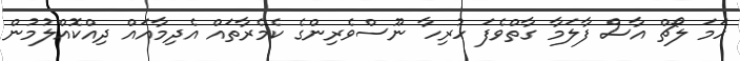
ހަމަ ލޯޗް އާސް ފާލަމާ ގާތްވެފަ ހުރިހާ ނޫސްވެރިންގެ ކެމެރާތައް އެދިމާއައް ދިއްކޮއްލުމުން